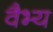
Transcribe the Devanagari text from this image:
वैभ्य